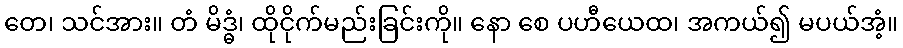
တေ၊ သင်အား။ တံ မိဒ္ဓံ၊ ထိုငိုက်မည်းခြင်းကို။ နော စေ ပဟီယေထ၊ အကယ်၍ မပယ်အံ့။